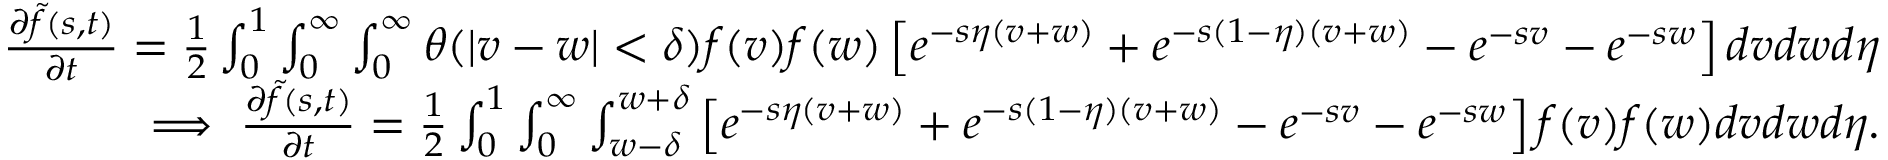
\begin{array} { r } { \begin{array} { r } { \frac { \partial \Tilde { f } ( s , t ) } { \partial t } = \frac { 1 } { 2 } \int _ { 0 } ^ { 1 } \int _ { 0 } ^ { \infty } \int _ { 0 } ^ { \infty } \theta ( | v - w | < \delta ) f ( v ) f ( w ) \left[ e ^ { - s \eta ( v + w ) } + e ^ { - s ( 1 - \eta ) ( v + w ) } - e ^ { - s v } - e ^ { - s w } \right] d v d w d \eta } \\ { \implies \frac { \partial \Tilde { f } ( s , t ) } { \partial t } = \frac { 1 } { 2 } \int _ { 0 } ^ { 1 } \int _ { 0 } ^ { \infty } \int _ { w - \delta } ^ { w + \delta } \left[ e ^ { - s \eta ( v + w ) } + e ^ { - s ( 1 - \eta ) ( v + w ) } - e ^ { - s v } - e ^ { - s w } \right] f ( v ) f ( w ) d v d w d \eta . } \end{array} } \end{array}